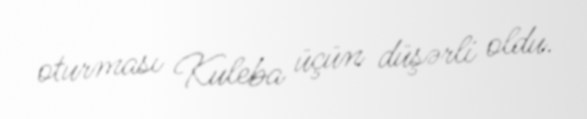
oturması Kuleba üçün düşərli oldu.